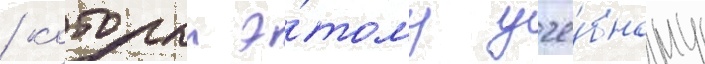
/ которыи э́тому уче́бному